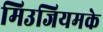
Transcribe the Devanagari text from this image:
मिउजियमके